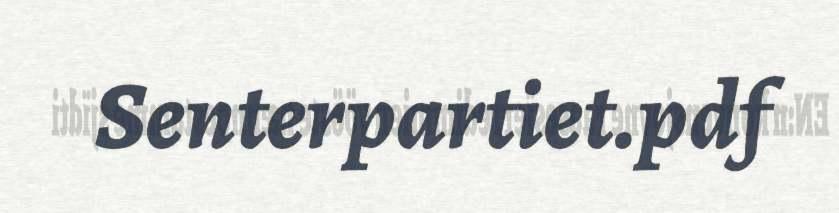
Senterpartiet.pdf